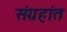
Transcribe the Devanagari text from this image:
संग्रहांत